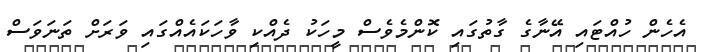
އެހެން ހުއްޓައި އޭނާގެ ގާތުގައި ކޮންމެވެސް މީހަކު ދެއްކި ވާހަކައެއްގައި ވަރަށް ތަނަވަސް